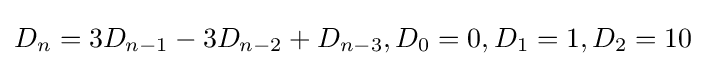
D_{n}=3D_{n-1}-3D_{n-2}+D_{n-3},D_{0}=0,D_{1}=1,D_{2}=10